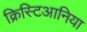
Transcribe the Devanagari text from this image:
क्रिस्टिआनिया